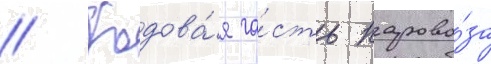
// Ходова́я ча́сть парово́за